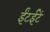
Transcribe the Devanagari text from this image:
ईंटईटें